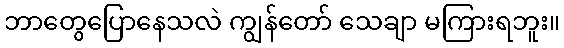
ဘာတွေပြောနေသလဲ ကျွန်တော် သေချာ မကြားရဘူး။